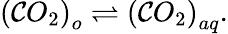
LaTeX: \left(\mathcal{C}O_{2}\right)_{o}\rightleftharpoons\left(\mathcal{C}O_{2}\right)_{aq}.